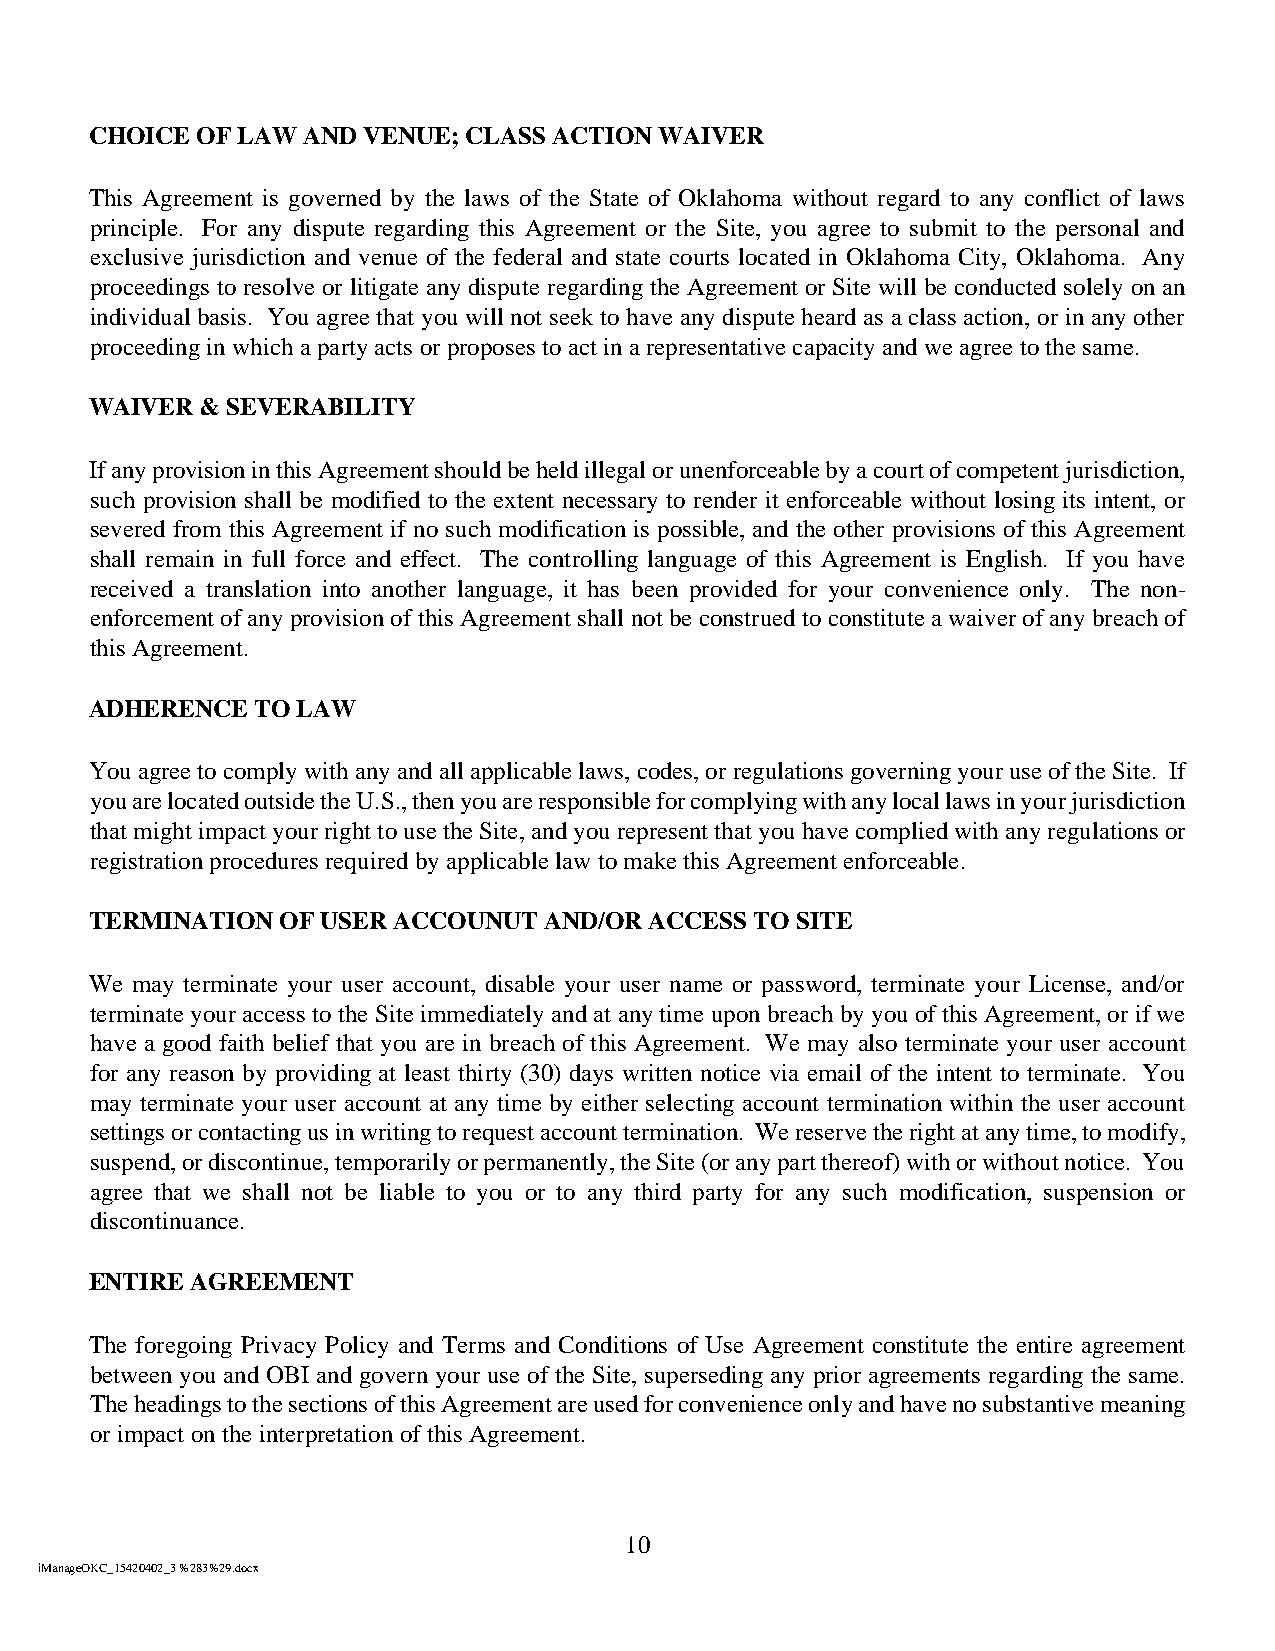
CHOICE OF LAW AND VENUE; CLASS ACTION WAIVER
 This Agreement is governed by the laws of the State of Oklahoma without regard to any conflict of laws
 principle. For any dispute regarding this Agreement or the Site, you agree to submit to the personal and
 exclusive jurisdiction and venue of the federal and state courts located in Oklahoma City, Oklahoma. Any
 proceedings to resolve or litigate any dispute regarding the Agreement or Site will be conducted solely on an
 individual basis. You agree that you will not seek to have any dispute heard as a class action, or in any other
 proceeding in which a party acts or proposes to act in a representative capacity and we agree to the same.
 WAIVER & SEVERABILITY
 If any provision in this Agreement should be held illegal or unenforceable by a court of competent jurisdiction,
 such provision shall be modified to the extent necessary to render it enforceable without losing its intent, or
 severed from this Agreement if no such modification is possible, and the other provisions of this Agreement
 shall remain in full force and effect. The controlling language of this Agreement is English. If you have
 received a translation into another language, it has been provided for your convenience only. The non-
 enforcement of any provision of this Agreement shall not be construed to constitute a waiver of any breach of
 this Agreement.
 ADHERENCE  TO LAW
 You agree to comply with any and all applicable laws, codes, or regulations governing your use of the Site. If
 you are located outside the U.S., then you are responsible for complying with any local laws in your jurisdiction
 that might impact your right to use the Site, and you represent that you have complied with any regulations or
 registration procedures required by applicable law to make this Agreement enforceable.
 TERMINATION OF USER ACCOUNUT  AND/OR ACCESS TO SITE
 We may terminate your user account, disable your user name or password, terminate your License, and/or
 terminate your access to the Site immediately and at any time upon breach by you of this Agreement, or if we
 have a good faith belief that you are in breach of this Agreement. We may also terminate your user account
 for any reason by providing at least thirty (30) days written notice via email of the intent to terminate. You
 may terminate your user account at any time by either selecting account termination within the user account
 settings or contacting us in writing to request account termination. We reserve the right at any time, to modify,
 suspend, or discontinue, temporarily or permanently, the Site (or any part thereof) with or without notice. You
 agree that we shall not be liable to you or to any third party for any such modification, suspension or
 discontinuance.
 ENTIRE AGREEMENT
 The foregoing Privacy Policy and Terms and Conditions of Use Agreement constitute the entire agreement
 between you and OBI and govern your use of the Site, superseding any prior agreements regarding the same.
 The headings to the sections of this Agreement are used for convenience only and have no substantive meaning
 or impact on the interpretation of this Agreement.
 10
 iManageOKC_15420402_3 %283%29.docx